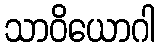
သာဝိယောဂါ